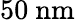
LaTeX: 50~\mathrm{nm}